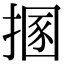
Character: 㨡